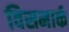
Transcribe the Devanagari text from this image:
विसमार्क